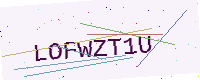
Text: LOFWZT1U